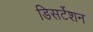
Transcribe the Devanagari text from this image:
डिसर्टेशन